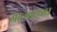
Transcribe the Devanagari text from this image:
आत्याह्य्ला